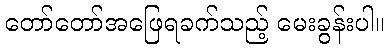
တော်တော်အဖြေရခက်သည့် မေးခွန်းပါ။